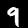
Label: 9